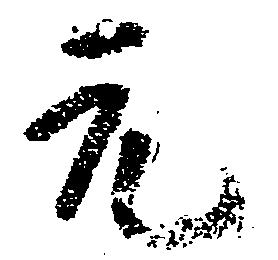
元